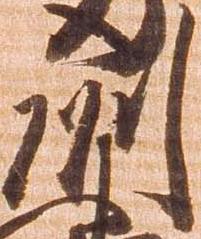
州